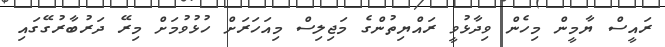
ރައީސް ޔާމީން މިހެން ވިދާޅުވީ ރައްޔިތުންގެ މަޖިލިސް މިއަހަރަށް ހުޅުވުމަށް މިރޭ ދަރުބާރުގޭގައި